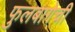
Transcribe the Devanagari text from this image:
फुलबागेची